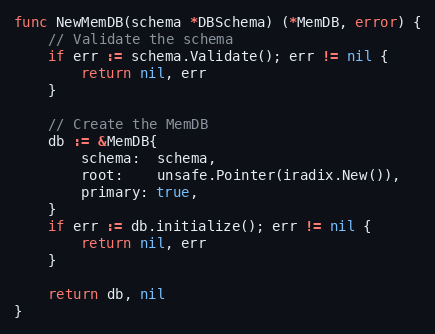
Language: Go
func NewMemDB(schema *DBSchema) (*MemDB, error) {
	// Validate the schema
	if err := schema.Validate(); err != nil {
		return nil, err
	}

	// Create the MemDB
	db := &MemDB{
		schema:  schema,
		root:    unsafe.Pointer(iradix.New()),
		primary: true,
	}
	if err := db.initialize(); err != nil {
		return nil, err
	}

	return db, nil
}